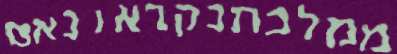
ממלכתנקראונאס